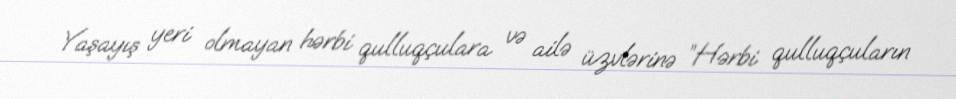
Yaşayış yeri olmayan hərbi qulluqçulara və ailə üzvlərinə ”Hərbi qulluqçuların